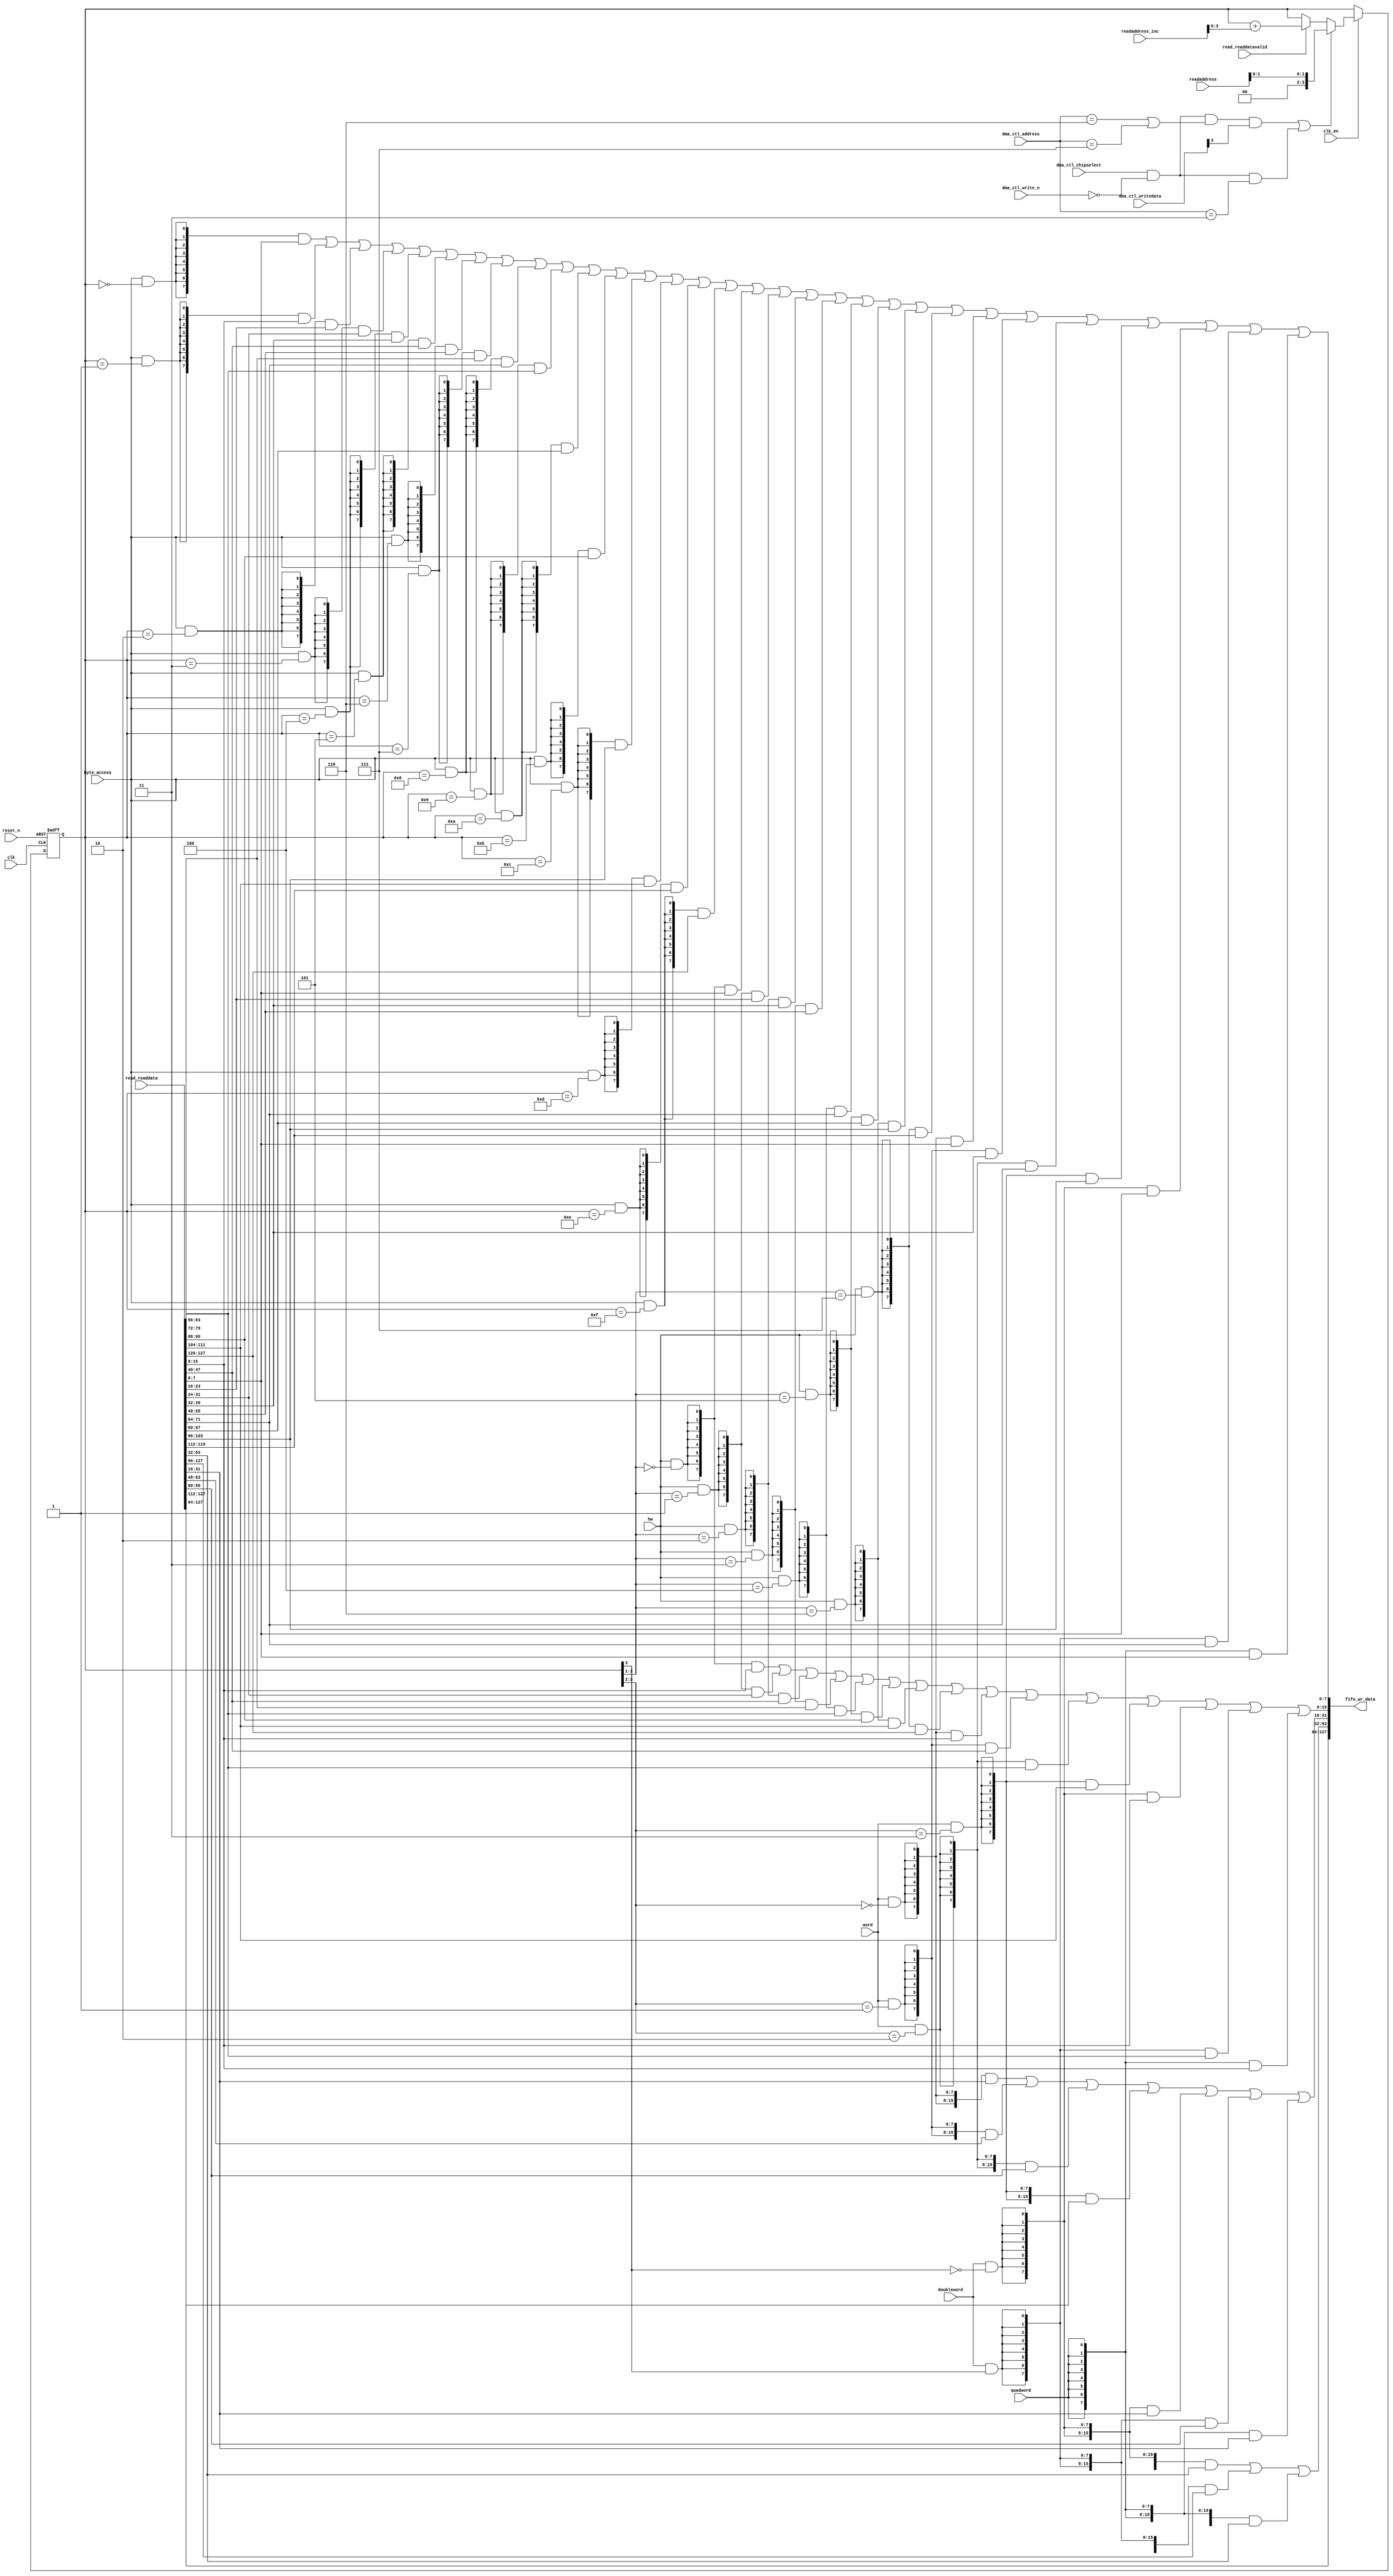
//Legal Notice: (C)2016 Altera Corporation. All rights reserved.  Your
//use of Altera Corporation's design tools, logic functions and other
//software and tools, and its AMPP partner logic functions, and any
//output files any of the foregoing (including device programming or
//simulation files), and any associated documentation or information are
//expressly subject to the terms and conditions of the Altera Program
//License Subscription Agreement or other applicable license agreement,
//including, without limitation, that your use is for the sole purpose
//of programming logic devices manufactured by Altera and sold by Altera
//or its authorized distributors.  Please refer to the applicable
//agreement for further details.

// synthesis translate_off
`timescale 1ns / 1ps
// synthesis translate_on

// turn off superfluous verilog processor warnings 
// altera message_level Level1 
// altera message_off 10034 10035 10036 10037 10230 10240 10030 

module soc_system_dma_1_read_data_mux (
                                        // inputs:
                                         byte_access,
                                         clk,
                                         clk_en,
                                         dma_ctl_address,
                                         dma_ctl_chipselect,
                                         dma_ctl_write_n,
                                         dma_ctl_writedata,
                                         doubleword,
                                         hw,
                                         quadword,
                                         read_readdata,
                                         read_readdatavalid,
                                         readaddress,
                                         readaddress_inc,
                                         reset_n,
                                         word,

                                        // outputs:
                                         fifo_wr_data
                                      )
;

  output  [127: 0] fifo_wr_data;
  input            byte_access;
  input            clk;
  input            clk_en;
  input   [  2: 0] dma_ctl_address;
  input            dma_ctl_chipselect;
  input            dma_ctl_write_n;
  input   [ 31: 0] dma_ctl_writedata;
  input            doubleword;
  input            hw;
  input            quadword;
  input   [127: 0] read_readdata;
  input            read_readdatavalid;
  input   [ 27: 0] readaddress;
  input   [  4: 0] readaddress_inc;
  input            reset_n;
  input            word;

  wire             control_write;
  wire    [127: 0] fifo_wr_data;
  wire             length_write;
  wire    [  3: 0] read_data_mux_input;
  reg     [  3: 0] readdata_mux_select;
  assign control_write = dma_ctl_chipselect & ~dma_ctl_write_n & ((dma_ctl_address == 6) || (dma_ctl_address == 7));
  assign length_write = dma_ctl_chipselect & ~dma_ctl_write_n & (dma_ctl_address == 3);
  assign read_data_mux_input = ((control_write && dma_ctl_writedata[3] || length_write))? readaddress[1 : 0] :
    (read_readdatavalid)? (readdata_mux_select + readaddress_inc) :
    readdata_mux_select;

  // Reset value: the transaction size bits of the read address reset value.
  always @(posedge clk or negedge reset_n)
    begin
      if (reset_n == 0)
          readdata_mux_select <= 0;
      else if (clk_en)
          readdata_mux_select <= read_data_mux_input[3 : 0];
    end


  assign fifo_wr_data[127 : 64] = read_readdata[127 : 64];
  assign fifo_wr_data[63 : 32] = ({32 {(doubleword & (readdata_mux_select[3] == 0))}} & read_readdata[63 : 32]) |
    ({32 {(doubleword & (readdata_mux_select[3] == 1))}} & read_readdata[127 : 96]) |
    ({32 {quadword}} & read_readdata[63 : 32]);

  assign fifo_wr_data[31 : 16] = ({16 {(word & (readdata_mux_select[3 : 2] == 0))}} & read_readdata[31 : 16]) |
    ({16 {(word & (readdata_mux_select[3 : 2] == 1))}} & read_readdata[63 : 48]) |
    ({16 {(word & (readdata_mux_select[3 : 2] == 2))}} & read_readdata[95 : 80]) |
    ({16 {(word & (readdata_mux_select[3 : 2] == 3))}} & read_readdata[127 : 112]) |
    ({16 {(doubleword & (readdata_mux_select[3] == 0))}} & read_readdata[31 : 16]) |
    ({16 {(doubleword & (readdata_mux_select[3] == 1))}} & read_readdata[95 : 80]) |
    ({16 {quadword}} & read_readdata[31 : 16]);

  assign fifo_wr_data[15 : 8] = ({8 {(hw & (readdata_mux_select[3 : 1] == 0))}} & read_readdata[15 : 8]) |
    ({8 {(hw & (readdata_mux_select[3 : 1] == 1))}} & read_readdata[31 : 24]) |
    ({8 {(hw & (readdata_mux_select[3 : 1] == 2))}} & read_readdata[47 : 40]) |
    ({8 {(hw & (readdata_mux_select[3 : 1] == 3))}} & read_readdata[63 : 56]) |
    ({8 {(hw & (readdata_mux_select[3 : 1] == 4))}} & read_readdata[79 : 72]) |
    ({8 {(hw & (readdata_mux_select[3 : 1] == 5))}} & read_readdata[95 : 88]) |
    ({8 {(hw & (readdata_mux_select[3 : 1] == 6))}} & read_readdata[111 : 104]) |
    ({8 {(hw & (readdata_mux_select[3 : 1] == 7))}} & read_readdata[127 : 120]) |
    ({8 {(word & (readdata_mux_select[3 : 2] == 0))}} & read_readdata[15 : 8]) |
    ({8 {(word & (readdata_mux_select[3 : 2] == 1))}} & read_readdata[47 : 40]) |
    ({8 {(word & (readdata_mux_select[3 : 2] == 2))}} & read_readdata[79 : 72]) |
    ({8 {(word & (readdata_mux_select[3 : 2] == 3))}} & read_readdata[111 : 104]) |
    ({8 {(doubleword & (readdata_mux_select[3] == 0))}} & read_readdata[15 : 8]) |
    ({8 {(doubleword & (readdata_mux_select[3] == 1))}} & read_readdata[79 : 72]) |
    ({8 {quadword}} & read_readdata[15 : 8]);

  assign fifo_wr_data[7 : 0] = ({8 {(byte_access & (readdata_mux_select[3 : 0] == 0))}} & read_readdata[7 : 0]) |
    ({8 {(byte_access & (readdata_mux_select[3 : 0] == 1))}} & read_readdata[15 : 8]) |
    ({8 {(byte_access & (readdata_mux_select[3 : 0] == 2))}} & read_readdata[23 : 16]) |
    ({8 {(byte_access & (readdata_mux_select[3 : 0] == 3))}} & read_readdata[31 : 24]) |
    ({8 {(byte_access & (readdata_mux_select[3 : 0] == 4))}} & read_readdata[39 : 32]) |
    ({8 {(byte_access & (readdata_mux_select[3 : 0] == 5))}} & read_readdata[47 : 40]) |
    ({8 {(byte_access & (readdata_mux_select[3 : 0] == 6))}} & read_readdata[55 : 48]) |
    ({8 {(byte_access & (readdata_mux_select[3 : 0] == 7))}} & read_readdata[63 : 56]) |
    ({8 {(byte_access & (readdata_mux_select[3 : 0] == 8))}} & read_readdata[71 : 64]) |
    ({8 {(byte_access & (readdata_mux_select[3 : 0] == 9))}} & read_readdata[79 : 72]) |
    ({8 {(byte_access & (readdata_mux_select[3 : 0] == 10))}} & read_readdata[87 : 80]) |
    ({8 {(byte_access & (readdata_mux_select[3 : 0] == 11))}} & read_readdata[95 : 88]) |
    ({8 {(byte_access & (readdata_mux_select[3 : 0] == 12))}} & read_readdata[103 : 96]) |
    ({8 {(byte_access & (readdata_mux_select[3 : 0] == 13))}} & read_readdata[111 : 104]) |
    ({8 {(byte_access & (readdata_mux_select[3 : 0] == 14))}} & read_readdata[119 : 112]) |
    ({8 {(byte_access & (readdata_mux_select[3 : 0] == 15))}} & read_readdata[127 : 120]) |
    ({8 {(hw & (readdata_mux_select[3 : 1] == 0))}} & read_readdata[7 : 0]) |
    ({8 {(hw & (readdata_mux_select[3 : 1] == 1))}} & read_readdata[23 : 16]) |
    ({8 {(hw & (readdata_mux_select[3 : 1] == 2))}} & read_readdata[39 : 32]) |
    ({8 {(hw & (readdata_mux_select[3 : 1] == 3))}} & read_readdata[55 : 48]) |
    ({8 {(hw & (readdata_mux_select[3 : 1] == 4))}} & read_readdata[71 : 64]) |
    ({8 {(hw & (readdata_mux_select[3 : 1] == 5))}} & read_readdata[87 : 80]) |
    ({8 {(hw & (readdata_mux_select[3 : 1] == 6))}} & read_readdata[103 : 96]) |
    ({8 {(hw & (readdata_mux_select[3 : 1] == 7))}} & read_readdata[119 : 112]) |
    ({8 {(word & (readdata_mux_select[3 : 2] == 0))}} & read_readdata[7 : 0]) |
    ({8 {(word & (readdata_mux_select[3 : 2] == 1))}} & read_readdata[39 : 32]) |
    ({8 {(word & (readdata_mux_select[3 : 2] == 2))}} & read_readdata[71 : 64]) |
    ({8 {(word & (readdata_mux_select[3 : 2] == 3))}} & read_readdata[103 : 96]) |
    ({8 {(doubleword & (readdata_mux_select[3] == 0))}} & read_readdata[7 : 0]) |
    ({8 {(doubleword & (readdata_mux_select[3] == 1))}} & read_readdata[71 : 64]) |
    ({8 {quadword}} & read_readdata[7 : 0]);


endmodule


// synthesis translate_off
`timescale 1ns / 1ps
// synthesis translate_on

// turn off superfluous verilog processor warnings 
// altera message_level Level1 
// altera message_off 10034 10035 10036 10037 10230 10240 10030 

module soc_system_dma_1_byteenables (
                                      // inputs:
                                       byte_access,
                                       doubleword,
                                       hw,
                                       quadword,
                                       word,
                                       write_address,

                                      // outputs:
                                       write_byteenable
                                    )
;

  output  [ 15: 0] write_byteenable;
  input            byte_access;
  input            doubleword;
  input            hw;
  input            quadword;
  input            word;
  input   [ 31: 0] write_address;

  wire             wa_3_is_0;
  wire             wa_3_is_1;
  wire             wa_3_to_0_is_0;
  wire             wa_3_to_0_is_1;
  wire             wa_3_to_0_is_10;
  wire             wa_3_to_0_is_11;
  wire             wa_3_to_0_is_12;
  wire             wa_3_to_0_is_13;
  wire             wa_3_to_0_is_14;
  wire             wa_3_to_0_is_15;
  wire             wa_3_to_0_is_2;
  wire             wa_3_to_0_is_3;
  wire             wa_3_to_0_is_4;
  wire             wa_3_to_0_is_5;
  wire             wa_3_to_0_is_6;
  wire             wa_3_to_0_is_7;
  wire             wa_3_to_0_is_8;
  wire             wa_3_to_0_is_9;
  wire             wa_3_to_1_is_0;
  wire             wa_3_to_1_is_1;
  wire             wa_3_to_1_is_2;
  wire             wa_3_to_1_is_3;
  wire             wa_3_to_1_is_4;
  wire             wa_3_to_1_is_5;
  wire             wa_3_to_1_is_6;
  wire             wa_3_to_1_is_7;
  wire             wa_3_to_2_is_0;
  wire             wa_3_to_2_is_1;
  wire             wa_3_to_2_is_2;
  wire             wa_3_to_2_is_3;
  wire    [ 15: 0] write_byteenable;
  assign wa_3_to_0_is_15 = write_address[3 : 0] == 4'hF;
  assign wa_3_to_0_is_14 = write_address[3 : 0] == 4'hE;
  assign wa_3_to_0_is_13 = write_address[3 : 0] == 4'hD;
  assign wa_3_to_0_is_12 = write_address[3 : 0] == 4'hC;
  assign wa_3_to_0_is_11 = write_address[3 : 0] == 4'hB;
  assign wa_3_to_0_is_10 = write_address[3 : 0] == 4'hA;
  assign wa_3_to_0_is_9 = write_address[3 : 0] == 4'h9;
  assign wa_3_to_0_is_8 = write_address[3 : 0] == 4'h8;
  assign wa_3_to_0_is_7 = write_address[3 : 0] == 4'h7;
  assign wa_3_to_0_is_6 = write_address[3 : 0] == 4'h6;
  assign wa_3_to_0_is_5 = write_address[3 : 0] == 4'h5;
  assign wa_3_to_0_is_4 = write_address[3 : 0] == 4'h4;
  assign wa_3_to_0_is_3 = write_address[3 : 0] == 4'h3;
  assign wa_3_to_0_is_2 = write_address[3 : 0] == 4'h2;
  assign wa_3_to_0_is_1 = write_address[3 : 0] == 4'h1;
  assign wa_3_to_0_is_0 = write_address[3 : 0] == 4'h0;
  assign wa_3_to_1_is_7 = write_address[3 : 1] == 3'h7;
  assign wa_3_to_1_is_6 = write_address[3 : 1] == 3'h6;
  assign wa_3_to_1_is_5 = write_address[3 : 1] == 3'h5;
  assign wa_3_to_1_is_4 = write_address[3 : 1] == 3'h4;
  assign wa_3_to_1_is_3 = write_address[3 : 1] == 3'h3;
  assign wa_3_to_1_is_2 = write_address[3 : 1] == 3'h2;
  assign wa_3_to_1_is_1 = write_address[3 : 1] == 3'h1;
  assign wa_3_to_1_is_0 = write_address[3 : 1] == 3'h0;
  assign wa_3_to_2_is_3 = write_address[3 : 2] == 2'h3;
  assign wa_3_to_2_is_2 = write_address[3 : 2] == 2'h2;
  assign wa_3_to_2_is_1 = write_address[3 : 2] == 2'h1;
  assign wa_3_to_2_is_0 = write_address[3 : 2] == 2'h0;
  assign wa_3_is_1 = write_address[3] == 1'h1;
  assign wa_3_is_0 = write_address[3] == 1'h0;
  assign write_byteenable = ({16 {byte_access}} & {wa_3_to_0_is_15, wa_3_to_0_is_14, wa_3_to_0_is_13, wa_3_to_0_is_12, wa_3_to_0_is_11, wa_3_to_0_is_10, wa_3_to_0_is_9, wa_3_to_0_is_8, wa_3_to_0_is_7, wa_3_to_0_is_6, wa_3_to_0_is_5, wa_3_to_0_is_4, wa_3_to_0_is_3, wa_3_to_0_is_2, wa_3_to_0_is_1, wa_3_to_0_is_0}) |
    ({16 {hw}} & {wa_3_to_1_is_7, wa_3_to_1_is_7, wa_3_to_1_is_6, wa_3_to_1_is_6, wa_3_to_1_is_5, wa_3_to_1_is_5, wa_3_to_1_is_4, wa_3_to_1_is_4, wa_3_to_1_is_3, wa_3_to_1_is_3, wa_3_to_1_is_2, wa_3_to_1_is_2, wa_3_to_1_is_1, wa_3_to_1_is_1, wa_3_to_1_is_0, wa_3_to_1_is_0}) |
    ({16 {word}} & {wa_3_to_2_is_3, wa_3_to_2_is_3, wa_3_to_2_is_3, wa_3_to_2_is_3, wa_3_to_2_is_2, wa_3_to_2_is_2, wa_3_to_2_is_2, wa_3_to_2_is_2, wa_3_to_2_is_1, wa_3_to_2_is_1, wa_3_to_2_is_1, wa_3_to_2_is_1, wa_3_to_2_is_0, wa_3_to_2_is_0, wa_3_to_2_is_0, wa_3_to_2_is_0}) |
    ({16 {doubleword}} & {wa_3_is_1, wa_3_is_1, wa_3_is_1, wa_3_is_1, wa_3_is_1, wa_3_is_1, wa_3_is_1, wa_3_is_1, wa_3_is_0, wa_3_is_0, wa_3_is_0, wa_3_is_0, wa_3_is_0, wa_3_is_0, wa_3_is_0, wa_3_is_0}) |
    ({16 {quadword}} & 16'b1111111111111111);


endmodule


// synthesis translate_off
`timescale 1ns / 1ps
// synthesis translate_on

// turn off superfluous verilog processor warnings 
// altera message_level Level1 
// altera message_off 10034 10035 10036 10037 10230 10240 10030 

module soc_system_dma_1_fifo_module_fifo_ram_module (
                                                      // inputs:
                                                       clk,
                                                       data,
                                                       rdaddress,
                                                       rdclken,
                                                       reset_n,
                                                       wraddress,
                                                       wrclock,
                                                       wren,

                                                      // outputs:
                                                       q
                                                    )
;

  output  [127: 0] q;
  input            clk;
  input   [127: 0] data;
  input   [  4: 0] rdaddress;
  input            rdclken;
  input            reset_n;
  input   [  4: 0] wraddress;
  input            wrclock;
  input            wren;

  reg     [127: 0] mem_array [ 31: 0];
  wire    [127: 0] q;
  reg     [  4: 0] read_address;

//synthesis translate_off
//////////////// SIMULATION-ONLY CONTENTS
  always @(posedge clk or negedge reset_n)
    begin
      if (reset_n == 0)
          read_address <= 0;
      else if (rdclken)
          read_address <= rdaddress;
    end


  // Data read is synchronized through latent_rdaddress.
  assign q = mem_array[read_address];

  always @(posedge wrclock)
    begin
      // Write data
      if (wren)
          mem_array[wraddress] <= data;
    end



//////////////// END SIMULATION-ONLY CONTENTS

//synthesis translate_on
//synthesis read_comments_as_HDL on
//  always @(rdaddress)
//    begin
//      read_address = rdaddress;
//    end
//
//
//  lpm_ram_dp lpm_ram_dp_component
//    (
//      .data (data),
//      .q (q),
//      .rdaddress (read_address),
//      .rdclken (rdclken),
//      .rdclock (clk),
//      .wraddress (wraddress),
//      .wrclock (wrclock),
//      .wren (wren)
//    );
//
//  defparam lpm_ram_dp_component.lpm_file = "UNUSED",
//           lpm_ram_dp_component.lpm_hint = "USE_EAB=ON",
//           lpm_ram_dp_component.lpm_indata = "REGISTERED",
//           lpm_ram_dp_component.lpm_outdata = "UNREGISTERED",
//           lpm_ram_dp_component.lpm_rdaddress_control = "REGISTERED",
//           lpm_ram_dp_component.lpm_width = 128,
//           lpm_ram_dp_component.lpm_widthad = 5,
//           lpm_ram_dp_component.lpm_wraddress_control = "REGISTERED",
//           lpm_ram_dp_component.suppress_memory_conversion_warnings = "ON";
//
//synthesis read_comments_as_HDL off

endmodule


// synthesis translate_off
`timescale 1ns / 1ps
// synthesis translate_on

// turn off superfluous verilog processor warnings 
// altera message_level Level1 
// altera message_off 10034 10035 10036 10037 10230 10240 10030 

module soc_system_dma_1_fifo_module (
                                      // inputs:
                                       clk,
                                       clk_en,
                                       fifo_read,
                                       fifo_wr_data,
                                       fifo_write,
                                       flush_fifo,
                                       inc_pending_data,
                                       reset_n,

                                      // outputs:
                                       fifo_datavalid,
                                       fifo_empty,
                                       fifo_rd_data,
                                       p1_fifo_full
                                    )
;

  output           fifo_datavalid;
  output           fifo_empty;
  output  [127: 0] fifo_rd_data;
  output           p1_fifo_full;
  input            clk;
  input            clk_en;
  input            fifo_read;
  input   [127: 0] fifo_wr_data;
  input            fifo_write;
  input            flush_fifo;
  input            inc_pending_data;
  input            reset_n;

  wire    [  4: 0] estimated_rdaddress;
  reg     [  4: 0] estimated_wraddress;
  wire             fifo_datavalid;
  wire             fifo_dec;
  reg              fifo_empty;
  reg              fifo_full;
  wire             fifo_inc;
  wire    [127: 0] fifo_ram_q;
  wire    [127: 0] fifo_rd_data;
  reg              last_write_collision;
  reg     [127: 0] last_write_data;
  wire    [  4: 0] p1_estimated_wraddress;
  wire             p1_fifo_empty;
  wire             p1_fifo_full;
  wire    [  4: 0] p1_wraddress;
  wire    [  4: 0] rdaddress;
  reg     [  4: 0] rdaddress_reg;
  reg     [  4: 0] wraddress;
  wire             write_collision;
  assign p1_wraddress = (fifo_write)? wraddress - 1 :
    wraddress;

  always @(posedge clk or negedge reset_n)
    begin
      if (reset_n == 0)
          wraddress <= 0;
      else if (clk_en)
          if (flush_fifo)
              wraddress <= 0;
          else 
            wraddress <= p1_wraddress;
    end


  assign rdaddress = flush_fifo ? 0 : fifo_read ? (rdaddress_reg - 1) : rdaddress_reg;
  always @(posedge clk or negedge reset_n)
    begin
      if (reset_n == 0)
          rdaddress_reg <= 0;
      else 
        rdaddress_reg <= rdaddress;
    end


  assign fifo_datavalid = ~fifo_empty;
  assign fifo_inc = fifo_write & ~fifo_read;
  assign fifo_dec = fifo_read & ~fifo_write;
  assign estimated_rdaddress = rdaddress_reg - 1;
  assign p1_estimated_wraddress = (inc_pending_data)? estimated_wraddress - 1 :
    estimated_wraddress;

  always @(posedge clk or negedge reset_n)
    begin
      if (reset_n == 0)
          estimated_wraddress <= {5 {1'b1}};
      else if (clk_en)
          if (flush_fifo)
              estimated_wraddress <= {5 {1'b1}};
          else 
            estimated_wraddress <= p1_estimated_wraddress;
    end


  assign p1_fifo_empty = flush_fifo  | ((~fifo_inc & fifo_empty) | (fifo_dec & (wraddress == estimated_rdaddress)));
  always @(posedge clk or negedge reset_n)
    begin
      if (reset_n == 0)
          fifo_empty <= 1;
      else if (clk_en)
          fifo_empty <= p1_fifo_empty;
    end


  assign p1_fifo_full = ~flush_fifo & ((~fifo_dec & fifo_full)  | (inc_pending_data & (estimated_wraddress == rdaddress)));
  always @(posedge clk or negedge reset_n)
    begin
      if (reset_n == 0)
          fifo_full <= 0;
      else if (clk_en)
          fifo_full <= p1_fifo_full;
    end


  assign write_collision = fifo_write && (wraddress == rdaddress);
  always @(posedge clk or negedge reset_n)
    begin
      if (reset_n == 0)
          last_write_data <= 0;
      else if (write_collision)
          last_write_data <= fifo_wr_data;
    end


  always @(posedge clk or negedge reset_n)
    begin
      if (reset_n == 0)
          last_write_collision <= 0;
      else if (write_collision)
          last_write_collision <= -1;
      else if (fifo_read)
          last_write_collision <= 0;
    end


  assign fifo_rd_data = last_write_collision ? last_write_data : fifo_ram_q;
  //soc_system_dma_1_fifo_module_fifo_ram, which is an e_ram
  soc_system_dma_1_fifo_module_fifo_ram_module soc_system_dma_1_fifo_module_fifo_ram
    (
      .clk       (clk),
      .data      (fifo_wr_data),
      .q         (fifo_ram_q),
      .rdaddress (rdaddress),
      .rdclken   (1'b1),
      .reset_n   (reset_n),
      .wraddress (wraddress),
      .wrclock   (clk),
      .wren      (fifo_write)
    );


endmodule


// synthesis translate_off
`timescale 1ns / 1ps
// synthesis translate_on

// turn off superfluous verilog processor warnings 
// altera message_level Level1 
// altera message_off 10034 10035 10036 10037 10230 10240 10030 

module soc_system_dma_1_mem_read (
                                   // inputs:
                                    clk,
                                    clk_en,
                                    go,
                                    p1_done_read,
                                    p1_fifo_full,
                                    read_waitrequest,
                                    reset_n,

                                   // outputs:
                                    inc_read,
                                    mem_read_n
                                 )
;

  output           inc_read;
  output           mem_read_n;
  input            clk;
  input            clk_en;
  input            go;
  input            p1_done_read;
  input            p1_fifo_full;
  input            read_waitrequest;
  input            reset_n;

  wire             inc_read;
  wire             mem_read_n;
  wire             p1_read_select;
  reg              read_select;
  reg              soc_system_dma_1_mem_read_access;
  reg              soc_system_dma_1_mem_read_idle;
  assign mem_read_n = ~read_select;
  always @(posedge clk or negedge reset_n)
    begin
      if (reset_n == 0)
          read_select <= 0;
      else if (clk_en)
          read_select <= p1_read_select;
    end


  assign inc_read = read_select & ~read_waitrequest;
  // Transitions into state 'idle'.
  always @(posedge clk or negedge reset_n)
    begin
      if (reset_n == 0)
          soc_system_dma_1_mem_read_idle <= 1;
      else if (clk_en)
          soc_system_dma_1_mem_read_idle <= ((soc_system_dma_1_mem_read_idle == 1) & (go == 0)) |
                    ((soc_system_dma_1_mem_read_idle == 1) & (p1_done_read == 1)) |
                    ((soc_system_dma_1_mem_read_idle == 1) & (p1_fifo_full == 1)) |
                    ((soc_system_dma_1_mem_read_access == 1) & (p1_fifo_full == 1) & (read_waitrequest == 0)) |
                    ((soc_system_dma_1_mem_read_access == 1) & (p1_done_read == 1) & (read_waitrequest == 0));

    end


  // Transitions into state 'access'.
  always @(posedge clk or negedge reset_n)
    begin
      if (reset_n == 0)
          soc_system_dma_1_mem_read_access <= 0;
      else if (clk_en)
          soc_system_dma_1_mem_read_access <= ((soc_system_dma_1_mem_read_idle == 1) & (p1_fifo_full == 0) & (p1_done_read == 0) & (go == 1)) |
                    ((soc_system_dma_1_mem_read_access == 1) & (read_waitrequest == 1)) |
                    ((soc_system_dma_1_mem_read_access == 1) & (p1_fifo_full == 0) & (p1_done_read == 0) & (read_waitrequest == 0));

    end


  assign p1_read_select = ({1 {((soc_system_dma_1_mem_read_access && (read_waitrequest == 1)))}} & 1) |
    ({1 {((soc_system_dma_1_mem_read_access && (p1_done_read == 0) && (p1_fifo_full == 0) && (read_waitrequest == 0)))}} & 1) |
    ({1 {((soc_system_dma_1_mem_read_idle && (go == 1) && (p1_done_read == 0) && (p1_fifo_full == 0)))}} & 1);


endmodule


// synthesis translate_off
`timescale 1ns / 1ps
// synthesis translate_on

// turn off superfluous verilog processor warnings 
// altera message_level Level1 
// altera message_off 10034 10035 10036 10037 10230 10240 10030 

module soc_system_dma_1_mem_write (
                                    // inputs:
                                     d1_enabled_write_endofpacket,
                                     fifo_datavalid,
                                     write_waitrequest,

                                    // outputs:
                                     fifo_read,
                                     inc_write,
                                     mem_write_n,
                                     write_select
                                  )
;

  output           fifo_read;
  output           inc_write;
  output           mem_write_n;
  output           write_select;
  input            d1_enabled_write_endofpacket;
  input            fifo_datavalid;
  input            write_waitrequest;

  wire             fifo_read;
  wire             inc_write;
  wire             mem_write_n;
  wire             write_select;
  assign write_select = fifo_datavalid & ~d1_enabled_write_endofpacket;
  assign mem_write_n = ~write_select;
  assign fifo_read = write_select & ~write_waitrequest;
  assign inc_write = fifo_read;

endmodule


// synthesis translate_off
`timescale 1ns / 1ps
// synthesis translate_on

// turn off superfluous verilog processor warnings 
// altera message_level Level1 
// altera message_off 10034 10035 10036 10037 10230 10240 10030 

//DMA peripheral soc_system_dma_1
//Read slaves:
//DDR3_FPGA.avl; 
//Write slaves:
//hps_0_sysmgr.axi_slave0,hps_0_uart1.axi_slave0,hps_0_dcan0.axi_slave0,hps_0_i2c1.axi_slave0,hps_0_gpio0.axi_slave0,hps_0_clkmgr.axi_slave0,hps_0_l3regs.axi_slave0,hps_0_arm_gic_0.axi_slave0,hps_0_i2c3.axi_slave0,hps_0_gmac1.axi_slave0,hps_0_gpio2.axi_slave0,hps_0_nand0.axi_slave0,hps_0_arm_gic_0.axi_slave1,hps_0_spim1.axi_slave0,hps_0_timer1.axi_slave0,hps_0_nand0.axi_slave1,hps_0_axi_ocram.axi_slave0,hps_0_usb1.axi_slave0,hps_0_timer3.axi_slave0,hps_0_uart0.axi_slave0,hps_0_fpgamgr.axi_slave0,hps_0_fpgamgr.axi_slave1,hps_0_qspi.axi_slave0,hps_0_L2.axi_slave0,hps_0_i2c0.axi_slave0,hps_0_qspi.axi_slave1,hps_0_rstmgr.axi_slave0,hps_0_dcan1.axi_slave0,hps_0_i2c2.axi_slave0,hps_0_axi_sdram.axi_slave0,hps_0_gmac0.axi_slave0,hps_0_gpio1.axi_slave0,hps_0_timer.axi_slave0,hps_0_spim0.axi_slave0,hps_0_timer0.axi_slave0,hps_0_dma.axi_slave0,hps_0_usb0.axi_slave0,hps_0_timer2.axi_slave0,hps_0_sdrctl.axi_slave0,hps_0_sdmmc.axi_slave0; 


module soc_system_dma_1 (
                          // inputs:
                           clk,
                           dma_ctl_address,
                           dma_ctl_chipselect,
                           dma_ctl_write_n,
                           dma_ctl_writedata,
                           read_readdata,
                           read_readdatavalid,
                           read_waitrequest,
                           system_reset_n,
                           write_waitrequest,

                          // outputs:
                           dma_ctl_irq,
                           dma_ctl_readdata,
                           read_address,
                           read_chipselect,
                           read_read_n,
                           write_address,
                           write_byteenable,
                           write_chipselect,
                           write_write_n,
                           write_writedata
                        )
  /* synthesis ALTERA_ATTRIBUTE = "SUPPRESS_DA_RULE_INTERNAL=\"R101\"" */ ;

  output           dma_ctl_irq;
  output  [ 31: 0] dma_ctl_readdata;
  output  [ 27: 0] read_address;
  output           read_chipselect;
  output           read_read_n;
  output  [ 31: 0] write_address;
  output  [ 15: 0] write_byteenable;
  output           write_chipselect;
  output           write_write_n;
  output  [127: 0] write_writedata;
  input            clk;
  input   [  2: 0] dma_ctl_address;
  input            dma_ctl_chipselect;
  input            dma_ctl_write_n;
  input   [ 31: 0] dma_ctl_writedata;
  input   [127: 0] read_readdata;
  input            read_readdatavalid;
  input            read_waitrequest;
  input            system_reset_n;
  input            write_waitrequest;

  wire             busy;
  wire             byte_access;
  wire             clk_en;
  reg     [ 12: 0] control;
  reg              d1_done_transaction;
  reg              d1_enabled_write_endofpacket;
  reg              d1_read_got_endofpacket;
  reg              d1_softwarereset;
  wire             dma_ctl_irq;
  reg     [ 31: 0] dma_ctl_readdata;
  reg              done;
  wire             done_transaction;
  reg              done_write;
  wire             doubleword;
  wire             enabled_write_endofpacket;
  wire             fifo_datavalid;
  wire             fifo_empty;
  wire    [127: 0] fifo_rd_data;
  wire    [127: 0] fifo_rd_data_as_byte_access;
  wire    [127: 0] fifo_rd_data_as_doubleword;
  wire    [127: 0] fifo_rd_data_as_hw;
  wire    [127: 0] fifo_rd_data_as_quadword;
  wire    [127: 0] fifo_rd_data_as_word;
  wire             fifo_read;
  wire    [127: 0] fifo_wr_data;
  wire             fifo_write;
  wire             fifo_write_data_valid;
  wire             flush_fifo;
  wire             go;
  wire             hw;
  wire             i_en;
  wire             inc_read;
  wire             inc_write;
  wire             leen;
  reg              len;
  reg     [ 31: 0] length;
  reg              length_eq_0;
  wire             mem_read_n;
  wire             mem_write_n;
  wire    [ 12: 0] p1_control;
  wire    [ 31: 0] p1_dma_ctl_readdata;
  wire             p1_done_read;
  wire             p1_done_write;
  wire             p1_fifo_full;
  wire    [ 31: 0] p1_length;
  wire             p1_length_eq_0;
  wire             p1_read_got_endofpacket;
  wire    [ 27: 0] p1_readaddress;
  wire             p1_write_got_endofpacket;
  wire    [ 31: 0] p1_writeaddress;
  wire    [ 31: 0] p1_writelength;
  wire             p1_writelength_eq_0;
  wire             quadword;
  wire             rcon;
  wire    [ 27: 0] read_address;
  wire             read_chipselect;
  wire             read_endofpacket;
  reg              read_got_endofpacket;
  wire             read_read_n;
  reg     [ 27: 0] readaddress;
  wire    [  4: 0] readaddress_inc;
  wire             reen;
  reg              reop;
  reg              reset_n;
  wire             set_software_reset_bit;
  reg              software_reset_request;
  wire             softwarereset;
  wire    [  4: 0] status;
  wire             status_register_write;
  wire             wcon;
  wire             ween;
  reg              weop;
  wire             word;
  wire    [ 31: 0] write_address;
  wire    [ 15: 0] write_byteenable;
  wire             write_chipselect;
  wire             write_endofpacket;
  reg              write_got_endofpacket;
  wire             write_select;
  wire             write_write_n;
  wire    [127: 0] write_writedata;
  reg     [ 31: 0] writeaddress;
  wire    [  4: 0] writeaddress_inc;
  reg     [ 31: 0] writelength;
  reg              writelength_eq_0;
  assign clk_en = 1;
  //control_port_slave, which is an e_avalon_slave
  //read_master, which is an e_avalon_master
  soc_system_dma_1_read_data_mux the_soc_system_dma_1_read_data_mux
    (
      .byte_access        (byte_access),
      .clk                (clk),
      .clk_en             (clk_en),
      .dma_ctl_address    (dma_ctl_address),
      .dma_ctl_chipselect (dma_ctl_chipselect),
      .dma_ctl_write_n    (dma_ctl_write_n),
      .dma_ctl_writedata  (dma_ctl_writedata),
      .doubleword         (doubleword),
      .fifo_wr_data       (fifo_wr_data),
      .hw                 (hw),
      .quadword           (quadword),
      .read_readdata      (read_readdata),
      .read_readdatavalid (read_readdatavalid),
      .readaddress        (readaddress),
      .readaddress_inc    (readaddress_inc),
      .reset_n            (reset_n),
      .word               (word)
    );

  //write_master, which is an e_avalon_master
  soc_system_dma_1_byteenables the_soc_system_dma_1_byteenables
    (
      .byte_access      (byte_access),
      .doubleword       (doubleword),
      .hw               (hw),
      .quadword         (quadword),
      .word             (word),
      .write_address    (write_address),
      .write_byteenable (write_byteenable)
    );

  assign read_read_n = mem_read_n;
  assign status_register_write = dma_ctl_chipselect & ~dma_ctl_write_n & (dma_ctl_address == 0);
  // read address
  always @(posedge clk or negedge reset_n)
    begin
      if (reset_n == 0)
          readaddress <= 28'h0;
      else if (clk_en)
          readaddress <= p1_readaddress;
    end


  assign p1_readaddress = ((dma_ctl_chipselect & ~dma_ctl_write_n & (dma_ctl_address == 1)))? dma_ctl_writedata :
    (inc_read)? (readaddress + readaddress_inc) :
    readaddress;

  // write address
  always @(posedge clk or negedge reset_n)
    begin
      if (reset_n == 0)
          writeaddress <= 32'h0;
      else if (clk_en)
          writeaddress <= p1_writeaddress;
    end


  assign p1_writeaddress = ((dma_ctl_chipselect & ~dma_ctl_write_n & (dma_ctl_address == 2)))? dma_ctl_writedata :
    (inc_write)? (writeaddress + writeaddress_inc) :
    writeaddress;

  // length in bytes
  always @(posedge clk or negedge reset_n)
    begin
      if (reset_n == 0)
          length <= 32'h0;
      else if (clk_en)
          length <= p1_length;
    end


  assign p1_length = ((dma_ctl_chipselect & ~dma_ctl_write_n & (dma_ctl_address == 3)))? dma_ctl_writedata :
    ((inc_read && (!length_eq_0)))? length - {quadword,
    doubleword,
    word,
    hw,
    byte_access} :
    length;

  // control register
  always @(posedge clk or negedge reset_n)
    begin
      if (reset_n == 0)
          control <= 13'h84;
      else if (clk_en)
          control <= p1_control;
    end


  assign p1_control = ((dma_ctl_chipselect & ~dma_ctl_write_n & ((dma_ctl_address == 6) || (dma_ctl_address == 7))))? dma_ctl_writedata :
    control;

  // write master length
  always @(posedge clk or negedge reset_n)
    begin
      if (reset_n == 0)
          writelength <= 32'h0;
      else if (clk_en)
          writelength <= p1_writelength;
    end


  assign p1_writelength = ((dma_ctl_chipselect & ~dma_ctl_write_n & (dma_ctl_address == 3)))? dma_ctl_writedata :
    ((inc_write && (!writelength_eq_0)))? writelength - {quadword,
    doubleword,
    word,
    hw,
    byte_access} :
    writelength;

  assign p1_writelength_eq_0 = inc_write && (!writelength_eq_0) && ((writelength  - {quadword,
    doubleword,
    word,
    hw,
    byte_access}) == 0);

  assign p1_length_eq_0 = inc_read && (!length_eq_0) && ((length  - {quadword,
    doubleword,
    word,
    hw,
    byte_access}) == 0);

  always @(posedge clk or negedge reset_n)
    begin
      if (reset_n == 0)
          length_eq_0 <= 1;
      else if (clk_en)
          if (dma_ctl_chipselect & ~dma_ctl_write_n & (dma_ctl_address == 3))
              length_eq_0 <= 0;
          else if (p1_length_eq_0)
              length_eq_0 <= -1;
    end


  always @(posedge clk or negedge reset_n)
    begin
      if (reset_n == 0)
          writelength_eq_0 <= 1;
      else if (clk_en)
          if (dma_ctl_chipselect & ~dma_ctl_write_n & (dma_ctl_address == 3))
              writelength_eq_0 <= 0;
          else if (p1_writelength_eq_0)
              writelength_eq_0 <= -1;
    end


  assign writeaddress_inc = (wcon)? 0 :
    {quadword,
    doubleword,
    word,
    hw,
    byte_access};

  assign readaddress_inc = (rcon)? 0 :
    {quadword,
    doubleword,
    word,
    hw,
    byte_access};

  assign p1_dma_ctl_readdata = ({32 {(dma_ctl_address == 0)}} & status) |
    ({32 {(dma_ctl_address == 1)}} & readaddress) |
    ({32 {(dma_ctl_address == 2)}} & writeaddress) |
    ({32 {(dma_ctl_address == 3)}} & writelength) |
    ({32 {(dma_ctl_address == 6)}} & control);

  always @(posedge clk or negedge reset_n)
    begin
      if (reset_n == 0)
          dma_ctl_readdata <= 0;
      else if (clk_en)
          dma_ctl_readdata <= p1_dma_ctl_readdata;
    end


  assign done_transaction = go & done_write;
  always @(posedge clk or negedge reset_n)
    begin
      if (reset_n == 0)
          done <= 0;
      else if (clk_en)
          if (status_register_write)
              done <= 0;
          else if (done_transaction & ~d1_done_transaction)
              done <= -1;
    end


  always @(posedge clk or negedge reset_n)
    begin
      if (reset_n == 0)
          d1_done_transaction <= 0;
      else if (clk_en)
          d1_done_transaction <= done_transaction;
    end


  assign busy = go & ~done_write;
  assign status[0] = done;
  assign status[1] = busy;
  assign status[2] = reop;
  assign status[3] = weop;
  assign status[4] = len;
  assign byte_access = control[0];
  assign hw = control[1];
  assign word = control[2];
  assign go = control[3];
  assign i_en = control[4];
  assign reen = control[5];
  assign ween = control[6];
  assign leen = control[7];
  assign rcon = control[8];
  assign wcon = control[9];
  assign doubleword = control[10];
  assign quadword = control[11];
  assign softwarereset = control[12];
  assign dma_ctl_irq = i_en & done;
  assign p1_read_got_endofpacket = ~status_register_write && (read_got_endofpacket || (read_endofpacket & reen));
  assign p1_write_got_endofpacket = ~status_register_write && (write_got_endofpacket || (inc_write & write_endofpacket & ween));
  always @(posedge clk or negedge reset_n)
    begin
      if (reset_n == 0)
          read_got_endofpacket <= 0;
      else if (clk_en)
          read_got_endofpacket <= p1_read_got_endofpacket;
    end


  always @(posedge clk or negedge reset_n)
    begin
      if (reset_n == 0)
          write_got_endofpacket <= 0;
      else if (clk_en)
          write_got_endofpacket <= p1_write_got_endofpacket;
    end


  assign flush_fifo = ~d1_done_transaction & done_transaction;
  soc_system_dma_1_fifo_module the_soc_system_dma_1_fifo_module
    (
      .clk              (clk),
      .clk_en           (clk_en),
      .fifo_datavalid   (fifo_datavalid),
      .fifo_empty       (fifo_empty),
      .fifo_rd_data     (fifo_rd_data),
      .fifo_read        (fifo_read),
      .fifo_wr_data     (fifo_wr_data),
      .fifo_write       (fifo_write),
      .flush_fifo       (flush_fifo),
      .inc_pending_data (inc_read),
      .p1_fifo_full     (p1_fifo_full),
      .reset_n          (reset_n)
    );

  //the_soc_system_dma_1_mem_read, which is an e_instance
  soc_system_dma_1_mem_read the_soc_system_dma_1_mem_read
    (
      .clk              (clk),
      .clk_en           (clk_en),
      .go               (go),
      .inc_read         (inc_read),
      .mem_read_n       (mem_read_n),
      .p1_done_read     (p1_done_read),
      .p1_fifo_full     (p1_fifo_full),
      .read_waitrequest (read_waitrequest),
      .reset_n          (reset_n)
    );

  assign fifo_write = fifo_write_data_valid;
  assign enabled_write_endofpacket = write_endofpacket & ween;
  always @(posedge clk or negedge reset_n)
    begin
      if (reset_n == 0)
          d1_enabled_write_endofpacket <= 0;
      else if (clk_en)
          d1_enabled_write_endofpacket <= enabled_write_endofpacket;
    end


  soc_system_dma_1_mem_write the_soc_system_dma_1_mem_write
    (
      .d1_enabled_write_endofpacket (d1_enabled_write_endofpacket),
      .fifo_datavalid               (fifo_datavalid),
      .fifo_read                    (fifo_read),
      .inc_write                    (inc_write),
      .mem_write_n                  (mem_write_n),
      .write_select                 (write_select),
      .write_waitrequest            (write_waitrequest)
    );

  assign p1_done_read = (leen && (p1_length_eq_0 || (length_eq_0))) | p1_read_got_endofpacket | p1_done_write;
  always @(posedge clk or negedge reset_n)
    begin
      if (reset_n == 0)
          len <= 0;
      else if (clk_en)
          if (status_register_write)
              len <= 0;
          else if (~d1_done_transaction & done_transaction && (writelength_eq_0))
              len <= -1;
    end


  always @(posedge clk or negedge reset_n)
    begin
      if (reset_n == 0)
          reop <= 0;
      else if (clk_en)
          if (status_register_write)
              reop <= 0;
          else if (fifo_empty & read_got_endofpacket & d1_read_got_endofpacket)
              reop <= -1;
    end


  always @(posedge clk or negedge reset_n)
    begin
      if (reset_n == 0)
          weop <= 0;
      else if (clk_en)
          if (status_register_write)
              weop <= 0;
          else if (write_got_endofpacket)
              weop <= -1;
    end


  assign p1_done_write = (leen && (p1_writelength_eq_0 || writelength_eq_0)) | p1_write_got_endofpacket | fifo_empty & d1_read_got_endofpacket;
  always @(posedge clk or negedge reset_n)
    begin
      if (reset_n == 0)
          d1_read_got_endofpacket <= 0;
      else if (clk_en)
          d1_read_got_endofpacket <= read_got_endofpacket;
    end


  // Write has completed when the length goes to 0, or
  //the write source said end-of-packet, or
  //the read source said end-of-packet and the fifo has emptied.
  always @(posedge clk or negedge reset_n)
    begin
      if (reset_n == 0)
          done_write <= 0;
      else if (clk_en)
          done_write <= p1_done_write;
    end


  assign read_address = readaddress;
  assign write_address = writeaddress;
  assign write_chipselect = write_select;
  assign read_chipselect = ~read_read_n;
  assign write_write_n = mem_write_n;
  assign fifo_rd_data_as_byte_access = {fifo_rd_data[7 : 0],
    fifo_rd_data[7 : 0],
    fifo_rd_data[7 : 0],
    fifo_rd_data[7 : 0],
    fifo_rd_data[7 : 0],
    fifo_rd_data[7 : 0],
    fifo_rd_data[7 : 0],
    fifo_rd_data[7 : 0],
    fifo_rd_data[7 : 0],
    fifo_rd_data[7 : 0],
    fifo_rd_data[7 : 0],
    fifo_rd_data[7 : 0],
    fifo_rd_data[7 : 0],
    fifo_rd_data[7 : 0],
    fifo_rd_data[7 : 0],
    fifo_rd_data[7 : 0]};

  assign fifo_rd_data_as_hw = {fifo_rd_data[15 : 0],
    fifo_rd_data[15 : 0],
    fifo_rd_data[15 : 0],
    fifo_rd_data[15 : 0],
    fifo_rd_data[15 : 0],
    fifo_rd_data[15 : 0],
    fifo_rd_data[15 : 0],
    fifo_rd_data[15 : 0]};

  assign fifo_rd_data_as_word = {fifo_rd_data[31 : 0],
    fifo_rd_data[31 : 0],
    fifo_rd_data[31 : 0],
    fifo_rd_data[31 : 0]};

  assign fifo_rd_data_as_doubleword = {fifo_rd_data[63 : 0],
    fifo_rd_data[63 : 0]};

  assign fifo_rd_data_as_quadword = fifo_rd_data[127 : 0];
  assign write_writedata = ({128 {byte_access}} & fifo_rd_data_as_byte_access) |
    ({128 {hw}} & fifo_rd_data_as_hw) |
    ({128 {word}} & fifo_rd_data_as_word) |
    ({128 {doubleword}} & fifo_rd_data_as_doubleword) |
    ({128 {quadword}} & fifo_rd_data_as_quadword);

  assign fifo_write_data_valid = read_readdatavalid;
  assign set_software_reset_bit = ((dma_ctl_chipselect & ~dma_ctl_write_n & ((dma_ctl_address == 6) || (dma_ctl_address == 7)))) & (dma_ctl_address != 7) & dma_ctl_writedata[12];
  always @(posedge clk or negedge system_reset_n)
    begin
      if (system_reset_n == 0)
          d1_softwarereset <= 0;
      else if (set_software_reset_bit | software_reset_request)
          d1_softwarereset <= softwarereset & ~software_reset_request;
    end


  always @(posedge clk or negedge system_reset_n)
    begin
      if (system_reset_n == 0)
          software_reset_request <= 0;
      else if (set_software_reset_bit | software_reset_request)
          software_reset_request <= d1_softwarereset & ~software_reset_request;
    end


  always @(posedge clk or negedge system_reset_n)
    begin
      if (system_reset_n == 0)
          reset_n <= 0;
      else 
        reset_n <= ~(~system_reset_n | software_reset_request);
    end


  assign read_endofpacket = 0;
  assign write_endofpacket = 0;

endmodule